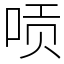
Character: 唝